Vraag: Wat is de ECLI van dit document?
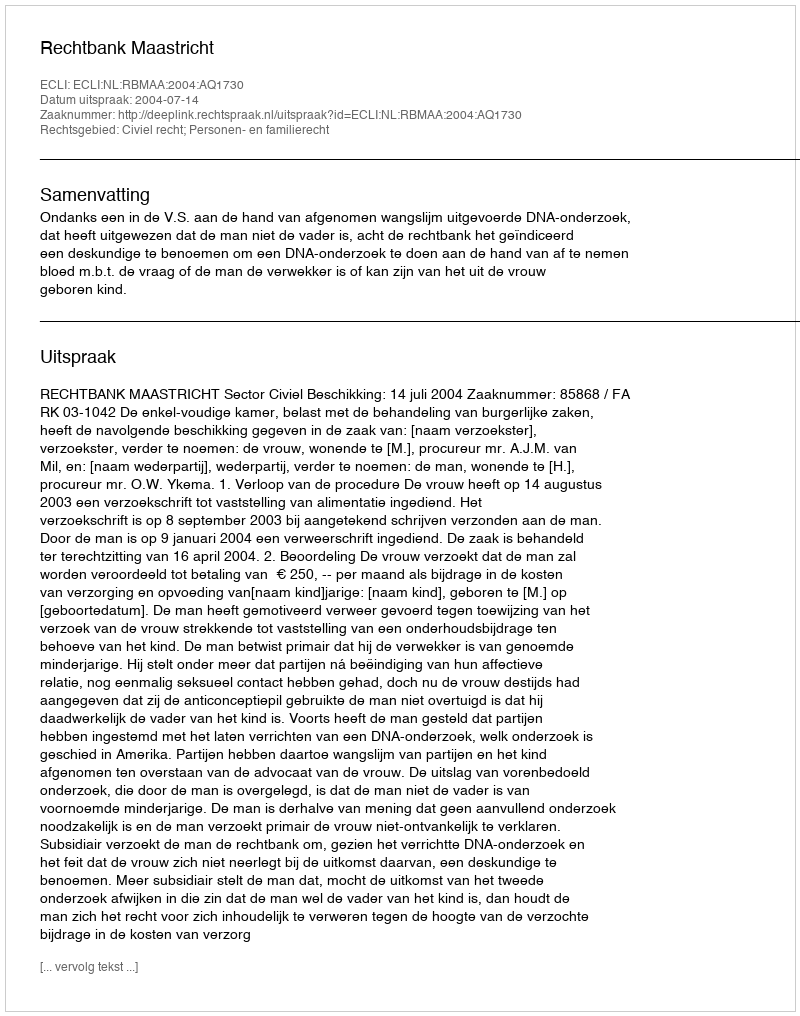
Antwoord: ECLI:NL:RBMAA:2004:AQ1730